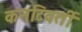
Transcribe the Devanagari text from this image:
कनटिवर्ती